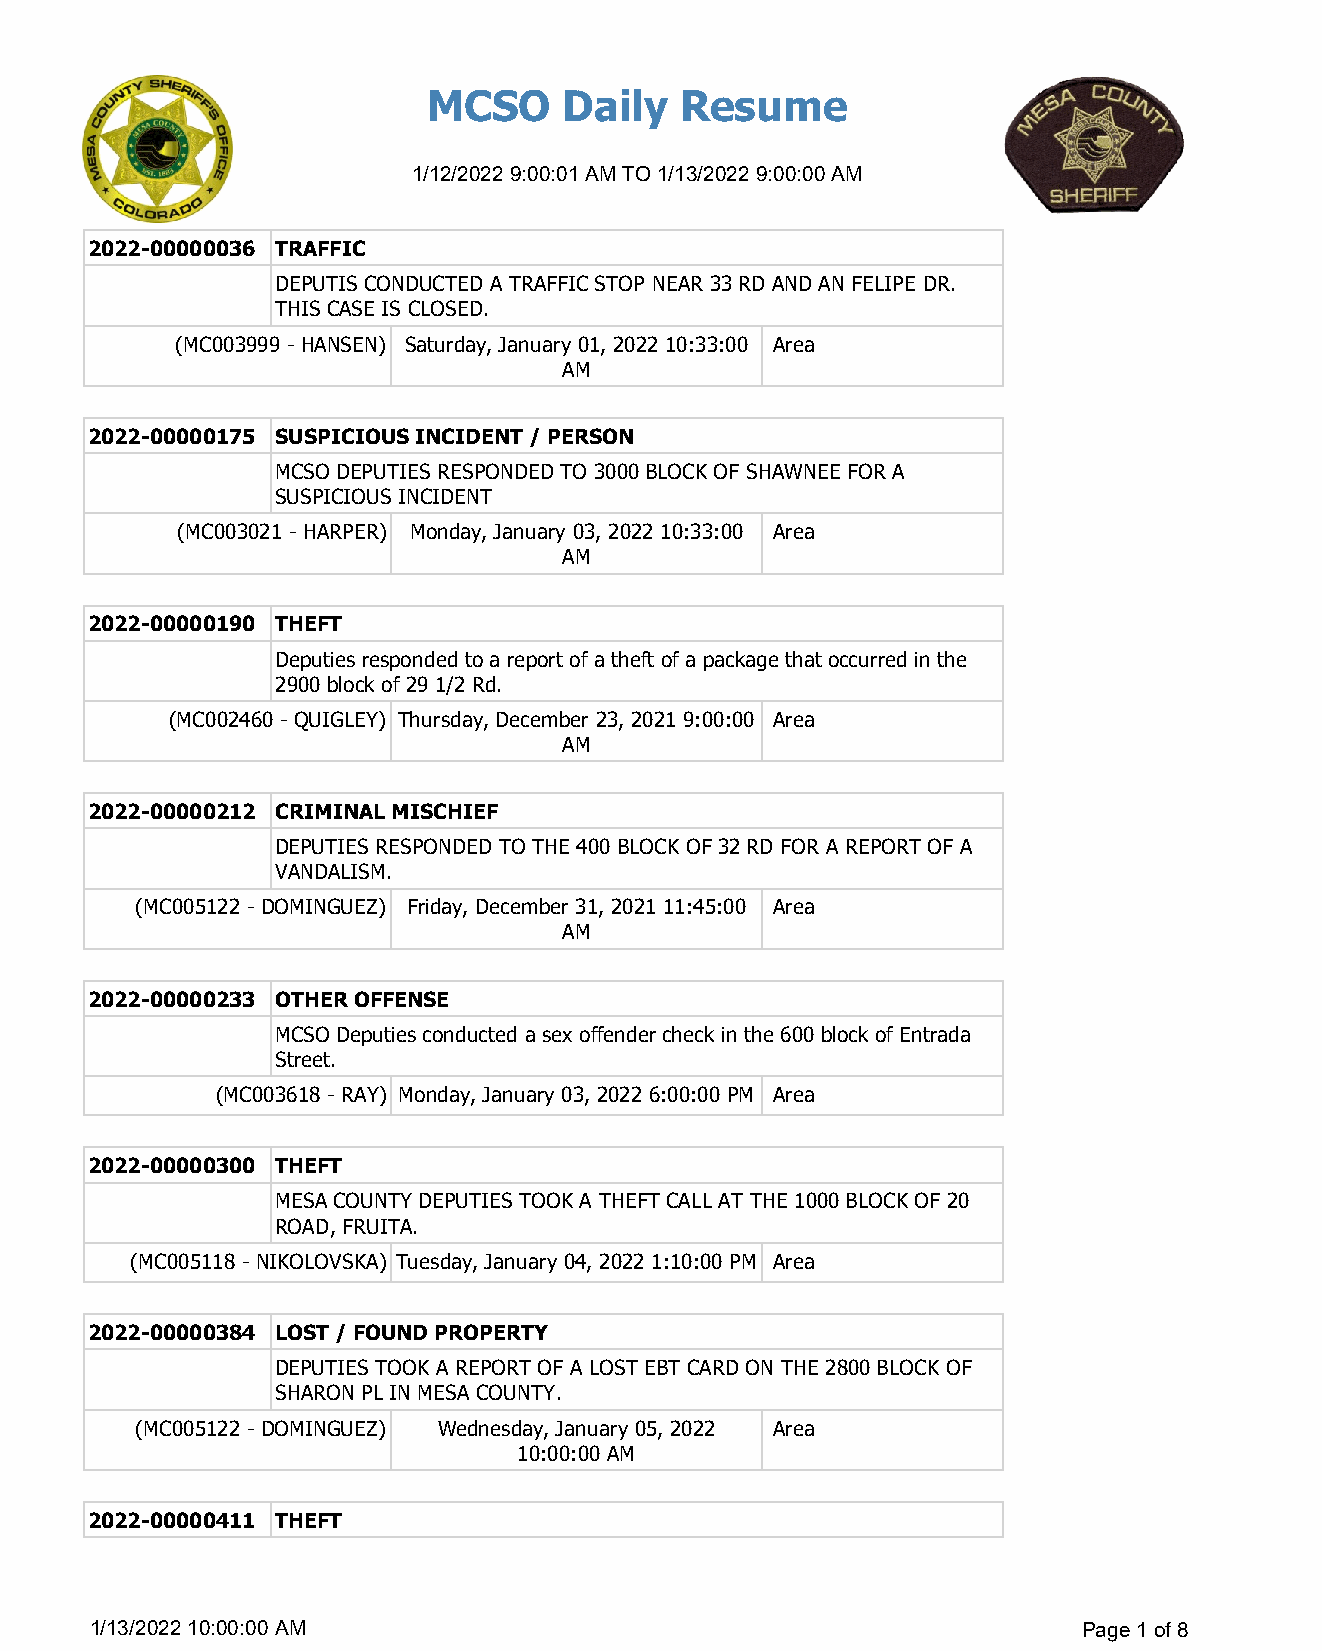
MCSO     Daily   Resume
 1/12/2022 9:00:01 AM TO 1/13/2022 9:00:00 AM
 2022-00000036 TRAFFIC
 DEPUTIS CONDUCTED A TRAFFIC STOP NEAR 33 RD AND AN FELIPE DR.
 THIS CASE IS CLOSED.
 (MC003999 - HANSEN) Saturday, January 01, 2022 10:33:00 Area
 AM
 2022-00000175 SUSPICIOUS INCIDENT / PERSON
 MCSO DEPUTIES RESPONDED TO 3000 BLOCK OF SHAWNEE FOR A
 SUSPICIOUS INCIDENT
 (MC003021 - HARPER) Monday, January 03, 2022 10:33:00 Area
 AM
 2022-00000190 THEFT
 Deputies responded to a report of a theft of a package that occurred in the
 2900 block of 29 1/2 Rd.
 (MC002460 - QUIGLEY) Thursday, December 23, 2021 9:00:00 Area
 AM
 2022-00000212 CRIMINAL MISCHIEF
 DEPUTIES RESPONDED TO THE 400 BLOCK OF 32 RD FOR A REPORT OF A
 VANDALISM.
 (MC005122 - DOMINGUEZ) Friday, December 31, 2021 11:45:00 Area
 AM
 2022-00000233 OTHER OFFENSE
 MCSO Deputies conducted a sex offender check in the 600 block of Entrada
 Street.
 (MC003618 - RAY) Monday, January 03, 2022 6:00:00 PM Area
 2022-00000300 THEFT
 MESA COUNTY DEPUTIES TOOK A THEFT CALL AT THE 1000 BLOCK OF 20
 ROAD, FRUITA.
 (MC005118 - NIKOLOVSKA) Tuesday, January 04, 2022 1:10:00 PM Area
 2022-00000384 LOST / FOUND PROPERTY
 DEPUTIES TOOK A REPORT OF A LOST EBT CARD ON THE 2800 BLOCK OF
 SHARON PL IN MESA COUNTY.
 (MC005122 - DOMINGUEZ) Wednesday, January 05, 2022 Area
 10:00:00 AM
 2022-00000411 THEFT
 1/13/2022 10:00:00 AM                                             Page 1 of 8